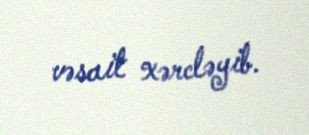
vəsait xərcləyib.